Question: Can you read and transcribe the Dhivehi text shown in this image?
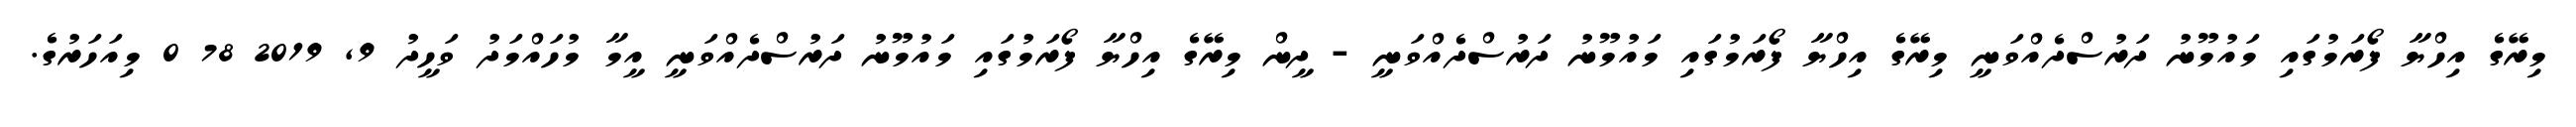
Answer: މިރޭގެ އިހްޔާ ފޯރަމުގައި މައުމޫނު ދަރުސްދެއްވަނީ މިރޭގެ އިހްޔާ ފޯރަމުގައި މައުމޫނު ދަރުސްދެއްވަނީ - ދީން މިރޭގެ އިހްޔާ ފޯރަމުގައި މައުމޫނު ދަރުސްދެއްވަނީ އީމާ މުހައްމަދު ވަހީދު 9, 2019 78 0 މިއަހަރުގެ.